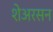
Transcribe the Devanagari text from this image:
शेअरसन